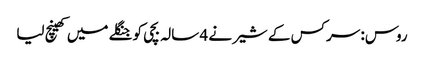
روس: سرکس کے شیر نے 4 سالہ بچی کو جنگلے میں کھینچ لیا